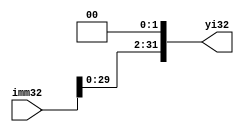
`timescale 1ns / 1ps
//////////////////////////////////////////////////////////////////////////////////
// Company: 
// Engineer: 
// 
// Design Name: 
// Module Name:    zuoyi 
// Project Name: 
// Target Devices: 
// Tool versions: 
// Description: 
//
// Dependencies: 
//
// Revision: 
// Revision 0.01 - File Created
// Additional Comments: 
//
//////////////////////////////////////////////////////////////////////////////////
module zuoyi(
    input [31:0] imm32,
    output [31:0] yi32
    );
	 assign yi32 = {imm32[29:0],2'b00};


endmodule